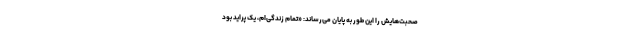
صحبت‌هایش را این طور به پایان می‌رساند: «تمام زندگی‌ام، یک پراید بود